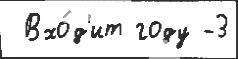
 Вхо́д'ит году -3